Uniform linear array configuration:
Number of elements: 12
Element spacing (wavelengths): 0.25
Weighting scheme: exponential
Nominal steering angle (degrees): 0
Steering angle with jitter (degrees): -1.732
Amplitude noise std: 0.05
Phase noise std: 0.05

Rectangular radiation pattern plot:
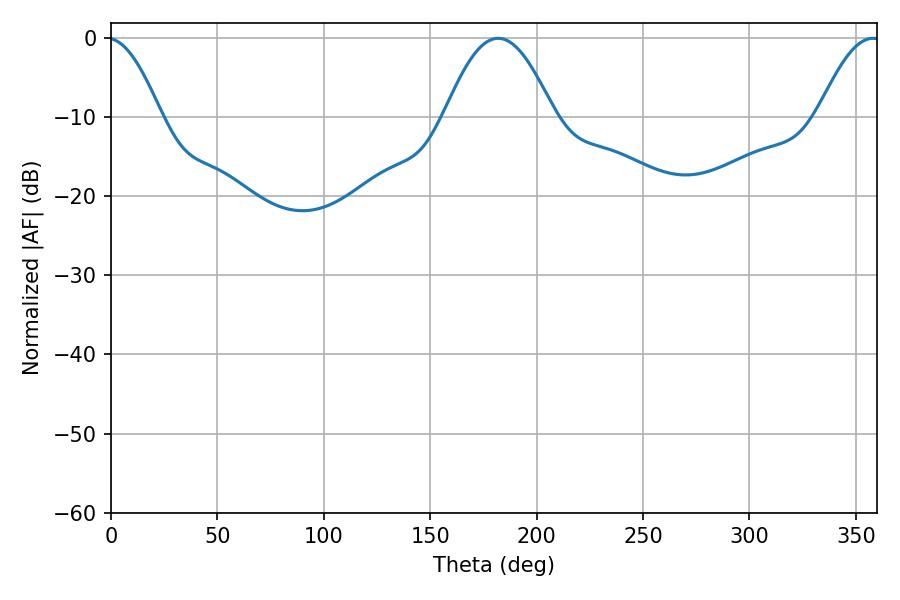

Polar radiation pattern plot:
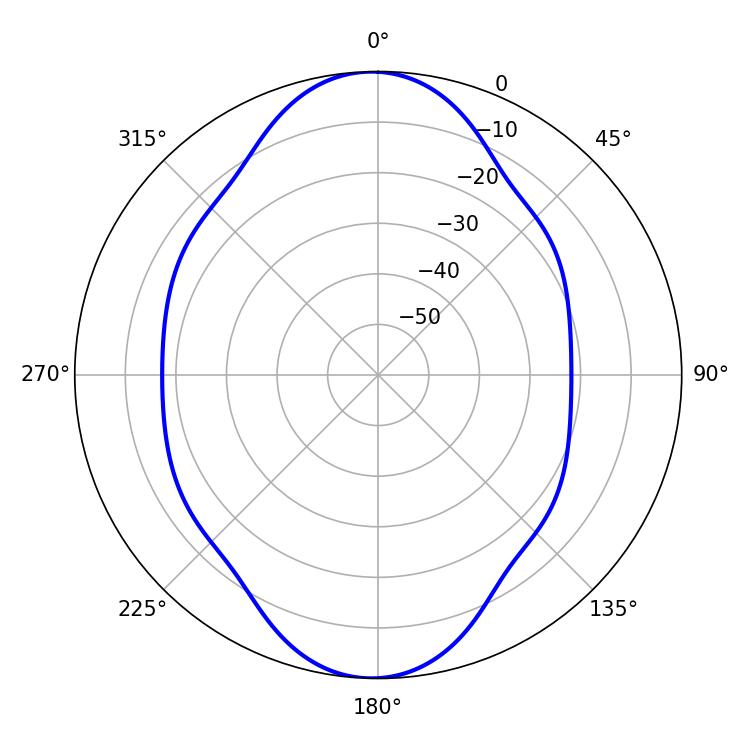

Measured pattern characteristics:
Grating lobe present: FALSE
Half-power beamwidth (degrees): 27.9
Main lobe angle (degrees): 181.98